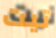
تيت